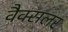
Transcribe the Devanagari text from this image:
वैक्सलर